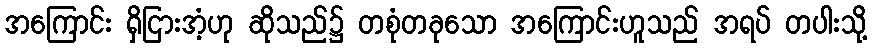
အကြောင်း ရှိငြားအံ့ဟု ဆိုသည်၌ တစုံတခုသော အကြောင်းဟူသည် အရပ် တပါးသို့